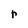
Character: r